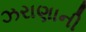
ઝરાણાની